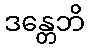
ဒန္တေဘိ